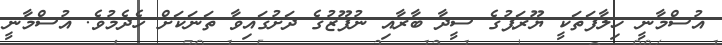
އުސްމާނީ ޚިލާފަތަކީ ޔޫރަޕުގެ ސީދާ ބާރާއި ނުފޫޒުގެ ދަށުގައިވާ ތަނަކަށް ހެދެމުވެ. އުސްމާނީ